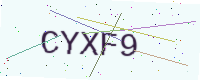
Text: CYXF9